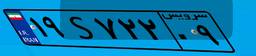
۳۸S۴۷۳۱۹